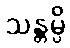
သန္တမ္ပိ